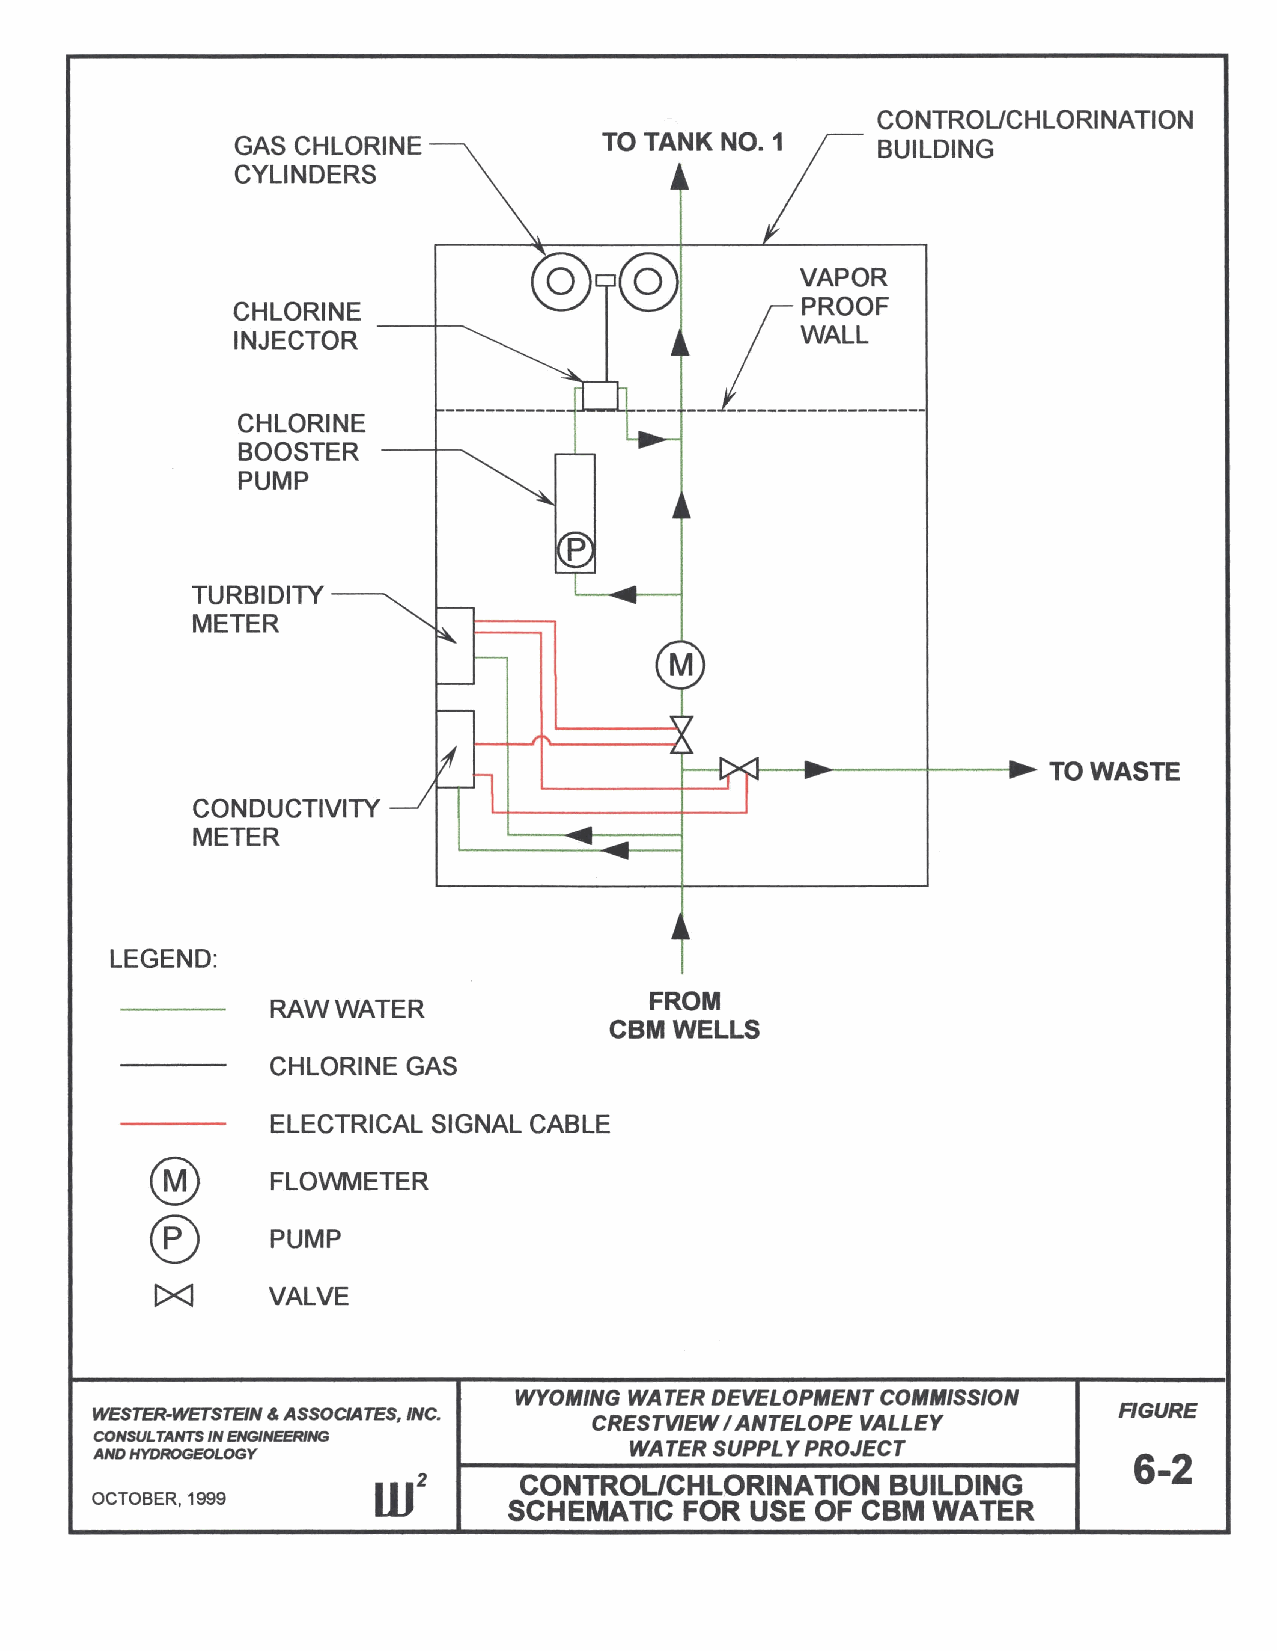
CONTROUCHLORINATION
 GAS CHLORINE            TO TANK NO.1      BUILDING
 CYLINDERS
 VAPOR
 CHLORINE                             PROOF
 INJECTOR                             WALL
 ---+---...
 [
 --- --------------------
 CHLORINE      ------------~~~----
 BOOSTER
 PUMP
 TURBIDITY
 METER
 TO WASTE
 r--..----+----I~
 CONDUCTIVITY
 METER
 LEGEND:
 FROM
 RAW WATER
 CBMWELLS
 CHLORINE GAS
 ELECTRICAL SIGNAL CABLE
 ~       FLO~ETER
 ®
 PUMP
 I><l
 VALVE
 WYOMING WATER DEVELOPMENT COMMISSION
 WESTER-WETSTEIN 4. ASSOCIA TES, INC.                                FIGURE
 CRESTVIEW / ANTELOPE VALLEY
 CONSULTANTS IN ENGINEERING
 WATER SUPPL Y PROJECT
 AND HYDROGEOLOGY                                                     6-2
 CONTROUCHLORINAT    ION BUILDING
 OCTOBER, 1999
 SCHEMATIC  FOR  USE OF CBM  WATER